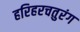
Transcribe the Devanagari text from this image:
हरिहरचतुरंग